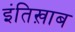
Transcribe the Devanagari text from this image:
इंतिख़ाब